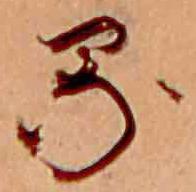
る